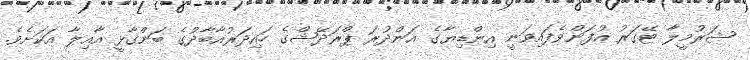
ޝަރުމީލާ ޓޭގަރު އުފަންވެފައިވަނީ އިންޑިޔާގެ އަންދުރަ ޕްރަދޭޝްގެ ހައިދަރުއާބާދުގެ ބަންގާޅީ އާއިލާ އަކަށެވެ.